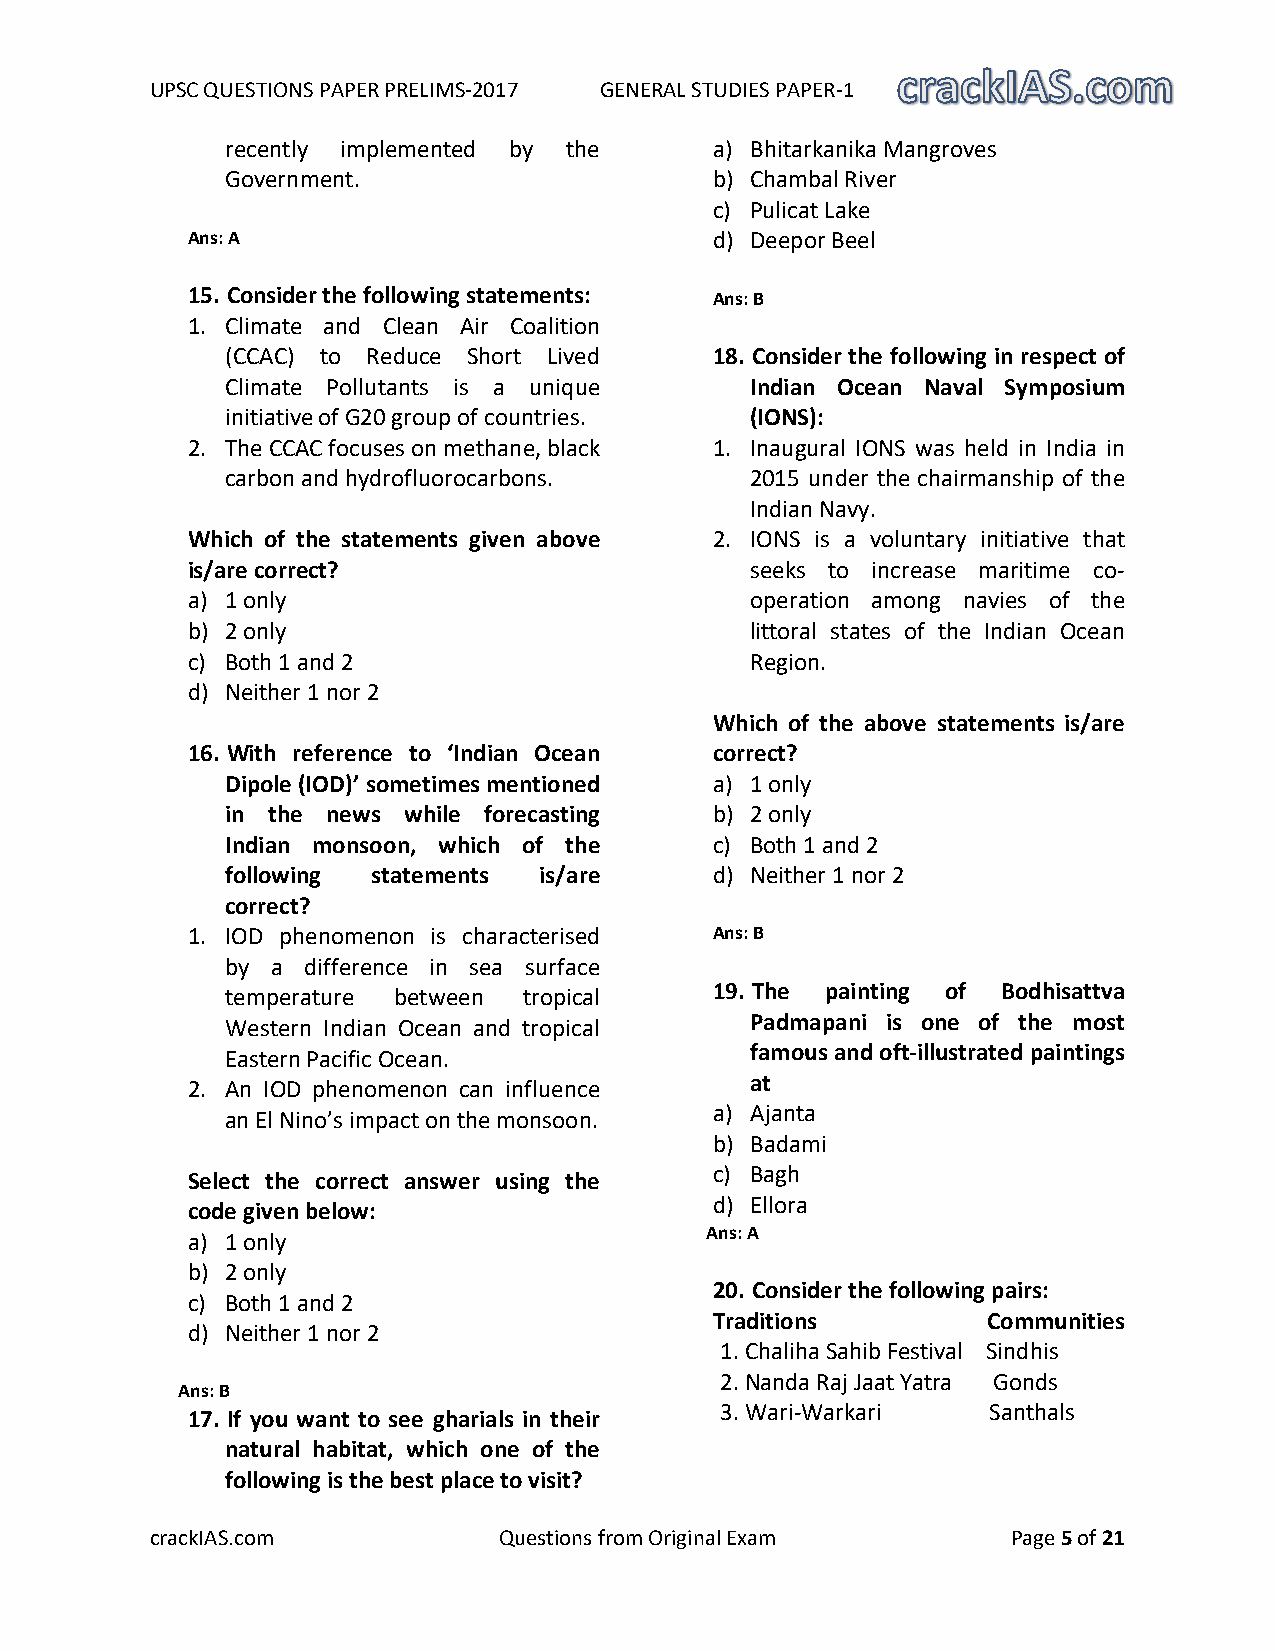
UPSC QUESTIONS PAPER PRELIMS-2017 GENERAL STUDIES PAPER-1
 recently implemented by the     a) Bhitarkanika Mangroves
 Government.                     b) Chambal River
 c) Pulicat Lake
 Ans: A                             d) Deepor Beel
 15. Consider the following statements: Ans: B
 1. Climate and Clean Air Coalition
 (CCAC) to Reduce Short Lived    18. Consider the following in respect of
 Climate Pollutants is a unique     Indian Ocean Naval Symposium
 initiative of G20 group of countries. (IONS):
 2. The CCAC focuses on methane, black 1. Inaugural IONS was held in India in
 carbon and hydrofluorocarbons.     2015 under the chairmanship of the
 Indian Navy.
 Which of the statements given above 2. IONS is a voluntary initiative that
 is/are correct?                       seeks to increase maritime co-
 a) 1 only                             operation among navies of the
 b) 2 only                             littoral states of the Indian Ocean
 c) Both 1 and 2                       Region.
 d) Neither 1 nor 2
 Which of the above statements is/are
 16. With reference to ‘Indian Ocean correct?
 Dipole (IOD)’ sometimes mentioned a) 1 only
 in the news while forecasting   b) 2 only
 Indian monsoon, which of the    c) Both 1 and 2
 following statements is/are     d) Neither 1 nor 2
 correct?
 1. IOD phenomenon is characterised Ans: B
 by a difference in sea surface
 temperature between tropical    19. The painting of Bodhisattva
 Western Indian Ocean and tropical  Padmapani is one of the most
 Eastern Pacific Ocean.             famous and oft-illustrated paintings
 2. An IOD phenomenon can influence    at
 an El Nino’s impact on the monsoon.
 a) Ajanta
 b) Badami
 c) Bagh
 Select the correct answer using the
 d) Ellora
 code given below:
 Ans: A
 a) 1 only
 b) 2 only
 20. Consider the following pairs:
 c) Both 1 and 2
 Traditions        Communities
 d) Neither 1 nor 2
 1. Chaliha Sahib Festival Sindhis
 2. Nanda Raj Jaat Yatra Gonds
 Ans: B
 3. Wari-Warkari  Santhals
 17. If you want to see gharials in their
 natural habitat, which one of the
 following is the best place to visit?
 crackIAS.com           Questions from Original Exam      Page 5 of 21